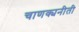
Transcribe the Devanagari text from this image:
चाणक्यनीती